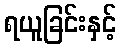
ရယူခြင်းနှင့်